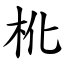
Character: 杹